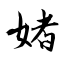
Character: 媎